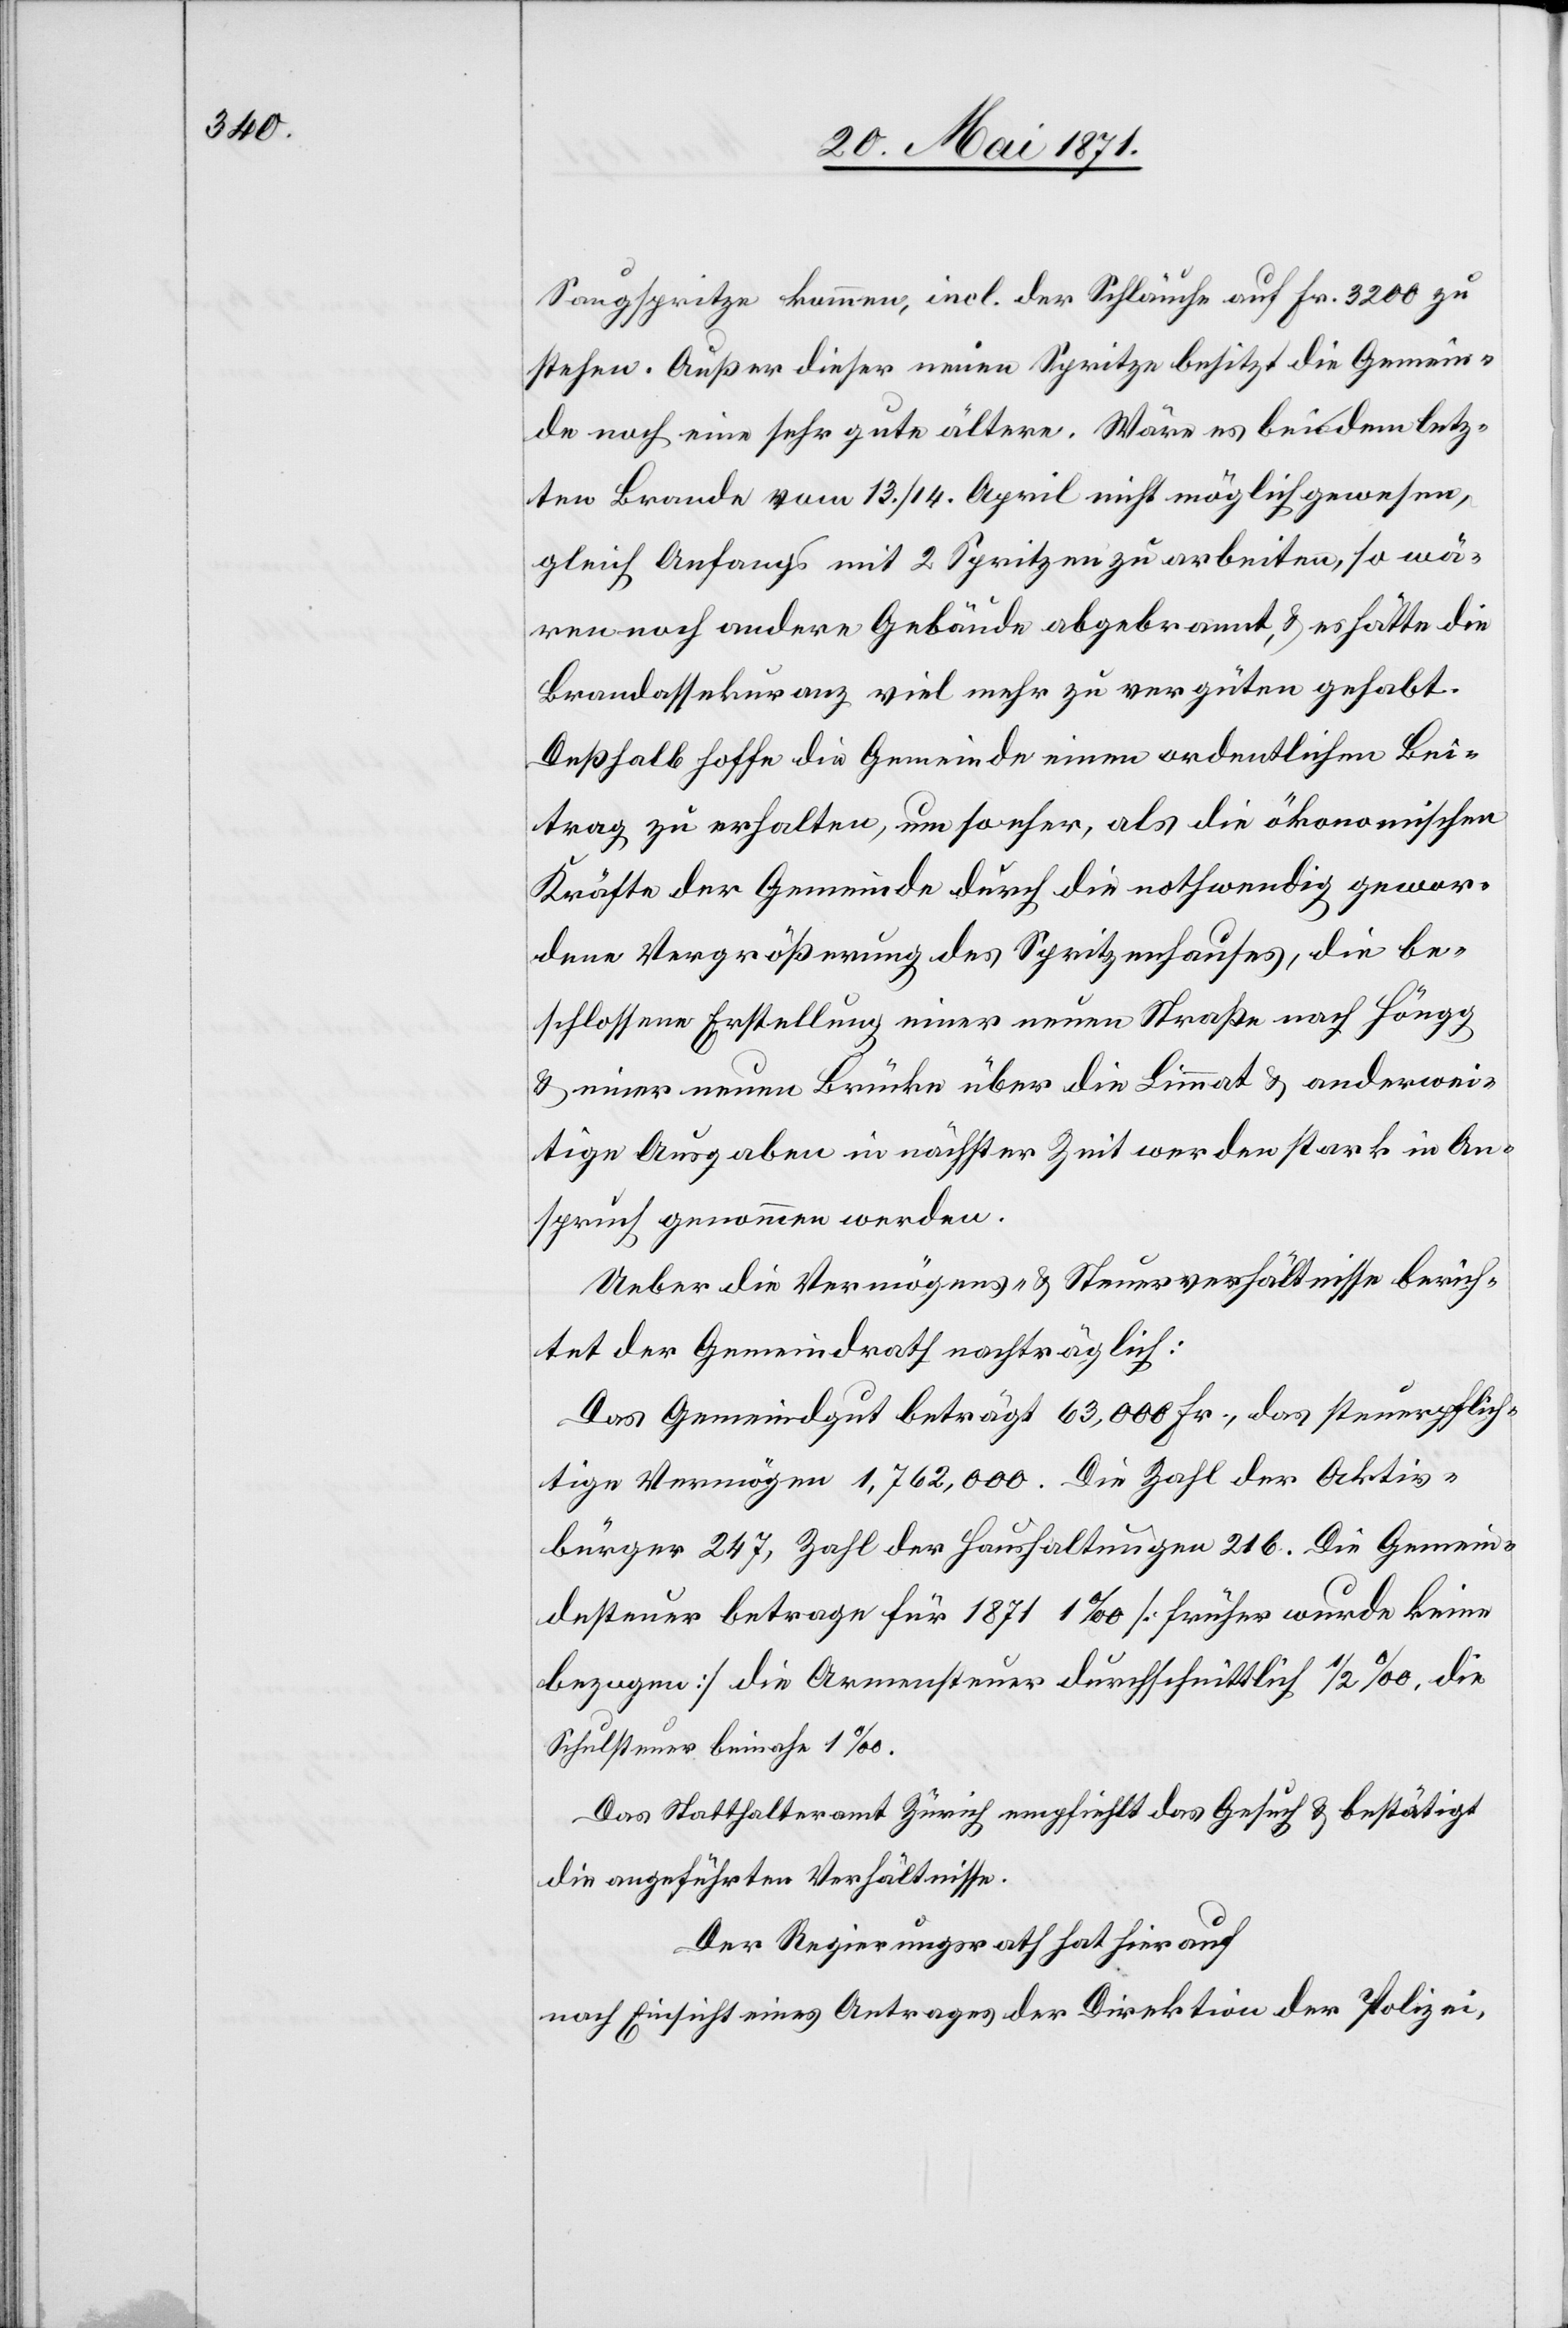
Saugspritze kommen, incl. der Schläuche auf Fr. 3200 zu
stehen. Außer dieser neuen Spritze besitzt die Gemein¬
de noch eine sehr gute ältere. Wäre es bei dem letz¬
ten Brande vom 13./14. April nicht möglich gewesen,
gleich Anfangs mit 2 Spritzen zu arbeiten, so wä¬
ren noch andere Gebäude abgebrannt, u. es hätte die
Brandassekuranz viel mehr zu vergüten gehabt.
Deßhalb hoffe die Gemeinde einen ordentlichen Bei¬
trag zu erhalten, um so sehr, als die ökonomischen
Kräfte der Gemeinde durch die nothwendig gewor¬
dene Vergrößerung des Spritzenhauses, die be¬
schlossene Erstellung einer neuen Straße nach Höngg
u. einer neuen Brücke über die Limmat u. anderwei¬
tige Ausgaben in nächster Zeit werden stark in An¬
spruch genommen werden.
Ueber die Vermögens- u. Steuerverhältnisse berich¬
tet der Gemeindrath nachträglich:
Das Gemeindgut beträgt 63,000 Fr., das steuerpflich¬
tige Vermögen 1,762,000. Die Zahl der Aktiv¬
bürger 247, Zahl der Haushaltungen 216. Die Gemein¬
desteuer betrage für 1871 1 ‰ [früher wurde keine
bezogen] die Armensteuer durchschnittlich 1/2 ‰, die
Schulsteuer beinahe 1 ‰.
Das Statthalteramt Zürich empfiehlt das Gesuch u. bestätigt
die angeführten Verhältnisse.
Der Regierungsrath hat hierauf
nach Einsicht eines Antrages der Direktion der Polizei,